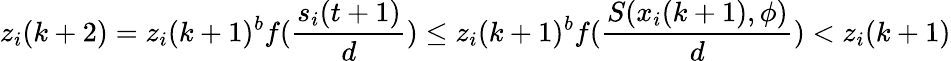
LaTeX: z_{i}(k+2)=z_{i}(k+1)^{b}f(\frac{s_{i}(t+1)}{d})\leq z_{i}(k+1)^{b}f(\frac{S(x_{i}(k+1),\phi)}{d})<z_{i}(k+1)